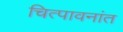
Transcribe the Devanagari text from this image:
चित्पावनांत